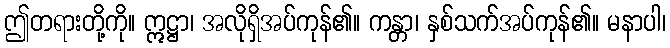
ဤတရားတို့ကို။ ဣဋ္ဌာ၊ အလိုရှိအပ်ကုန်၏။ ကန္တာ၊ နှစ်သက်အပ်ကုန်၏။ မနာပါ၊